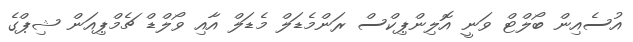
އުސެއިން ބޯލްޓް ވަނީ އޮލިންޕިކްސް ރަންމެޑަލް މެޑަލް އާއި ވޯލްޑް ޗެމްޕިއަން ޝިޕްގެ